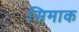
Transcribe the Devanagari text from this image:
सिमाक